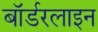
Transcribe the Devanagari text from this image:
बॉर्डरलाइन